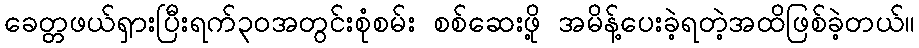
ခေတ္တဖယ်ရှားပြီးရက်၃၀အတွင်းစုံစမ်း စစ်ဆေးဖို့ အမိန့်ပေးခဲ့ရတဲ့အထိဖြစ်ခဲ့တယ်။